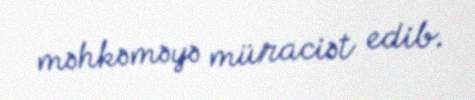
məhkəməyə müraciət edib.